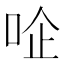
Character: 㖉